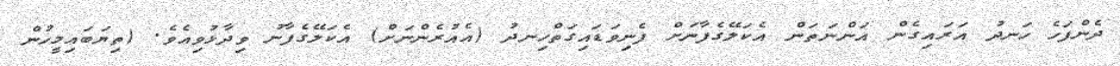
ދެންފަހެ ހަނދު އަރައިގެން އަންނަތަން އެކަލޭގެފާނަށް ފެނިވަޑައިގަތްހިނދު (އެއުރެންނަށް) އެކަލޭގެފާނު ވިދާޅުވިއެވެ. (ތިޔަބައިމީހުން